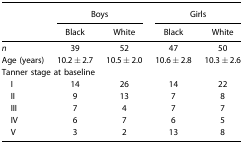
<table><thead><tr><td></td><td colspan="2"><b>Boys</b></td><td colspan="2"><b>Girls</b></td></tr><tr><td></td><td><b>Black</b></td><td><b>White</b></td><td><b>Black</b></td><td><b>White</b></td></tr></thead><tbody><tr><td><i>n</i></td><td>39</td><td>52</td><td>47</td><td>50</td></tr><tr><td>Age (years)</td><td>10.2 ± 2.7</td><td>10.5 ± 2.0</td><td>10.6 ± 2.8</td><td>10.3 ± 2.6</td></tr><tr><td colspan="5">Tanner stage at baseline</td></tr><tr><td> I</td><td>14</td><td>26</td><td>14</td><td>22</td></tr><tr><td> II</td><td>9</td><td>13</td><td>7</td><td>8</td></tr><tr><td> III</td><td>7</td><td>4</td><td>7</td><td>7</td></tr><tr><td> IV</td><td>6</td><td>7</td><td>6</td><td>5</td></tr><tr><td> V</td><td>3</td><td>2</td><td>13</td><td>8</td></tr></tbody></table>